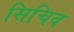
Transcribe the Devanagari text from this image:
सिचिव